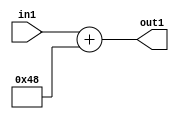
`timescale 1ps / 1ps
/*****************************************************************************
    Verilog RTL Description
    
    
    Created by: Stratus DpOpt 2019.1.01 
*******************************************************************************/

module DC_Filter_Add_12U_186_1 (
	in1,
	out1
	); /* architecture "behavioural" */ 
input [11:0] in1;
output [11:0] out1;
wire [11:0] asc001;

assign asc001 = 
	+(in1)
	+(12'B000001001000);

assign out1 = asc001;
endmodule

/* CADENCE  urnzQwA= : u9/ySgnWtBlWxVPRXgAZ4Og= ** DO NOT EDIT THIS LINE ******/